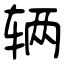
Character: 辆